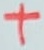
Text: +